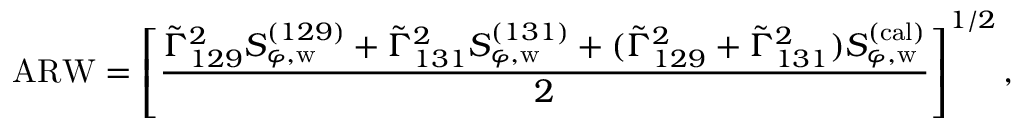
\mathrm { A R W } = \left[ \frac { \tilde { \Gamma } _ { 1 2 9 } ^ { 2 } S _ { \varphi , \mathrm { w } } ^ { ( 1 2 9 ) } + \tilde { \Gamma } _ { 1 3 1 } ^ { 2 } S _ { \varphi , \mathrm { w } } ^ { ( 1 3 1 ) } + ( \tilde { \Gamma } _ { 1 2 9 } ^ { 2 } + \tilde { \Gamma } _ { 1 3 1 } ^ { 2 } ) S _ { \varphi , \mathrm { w } } ^ { ( \mathrm { c a l ) } } } { 2 } \right] ^ { 1 / 2 } ,